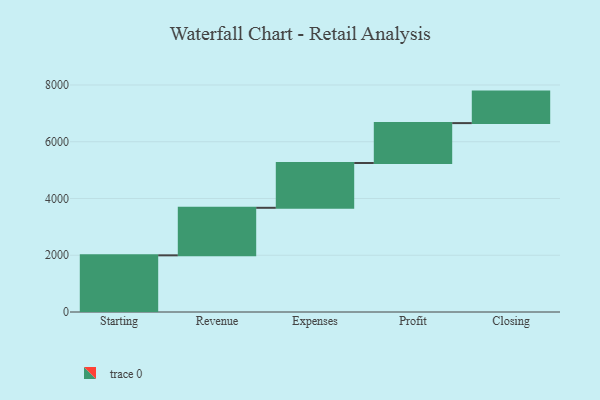
{"axis": {"x": "Step", "y": "Value"}, "legend": [""], "data": [{"x": "Starting", "y": 1997.0, "type": ""}, {"x": "Revenue", "y": 1675.0, "type": ""}, {"x": "Expenses", "y": 1578.0, "type": ""}, {"x": "Profit", "y": 1407.0, "type": ""}, {"x": "Closing", "y": 1110.0, "type": ""}]}